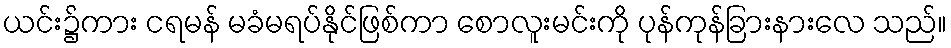
ယင်း၌ကား ငရမန် မခံမရပ်နိုင်ဖြစ်ကာ စောလူးမင်းကို ပုန်ကုန်ခြားနားလေ သည်။